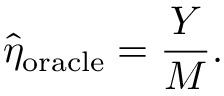
\widehat { \eta } _ { \mathrm { o r a c l e } } = \frac { Y } { M } .